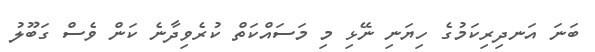
ބަނަ އަނދިރިކަމުގެ ހިޔަނި ނޭޅި މި މަސައްކަތް ކުރެވިދާނެ ކަން ވެސް ގަބޫލު